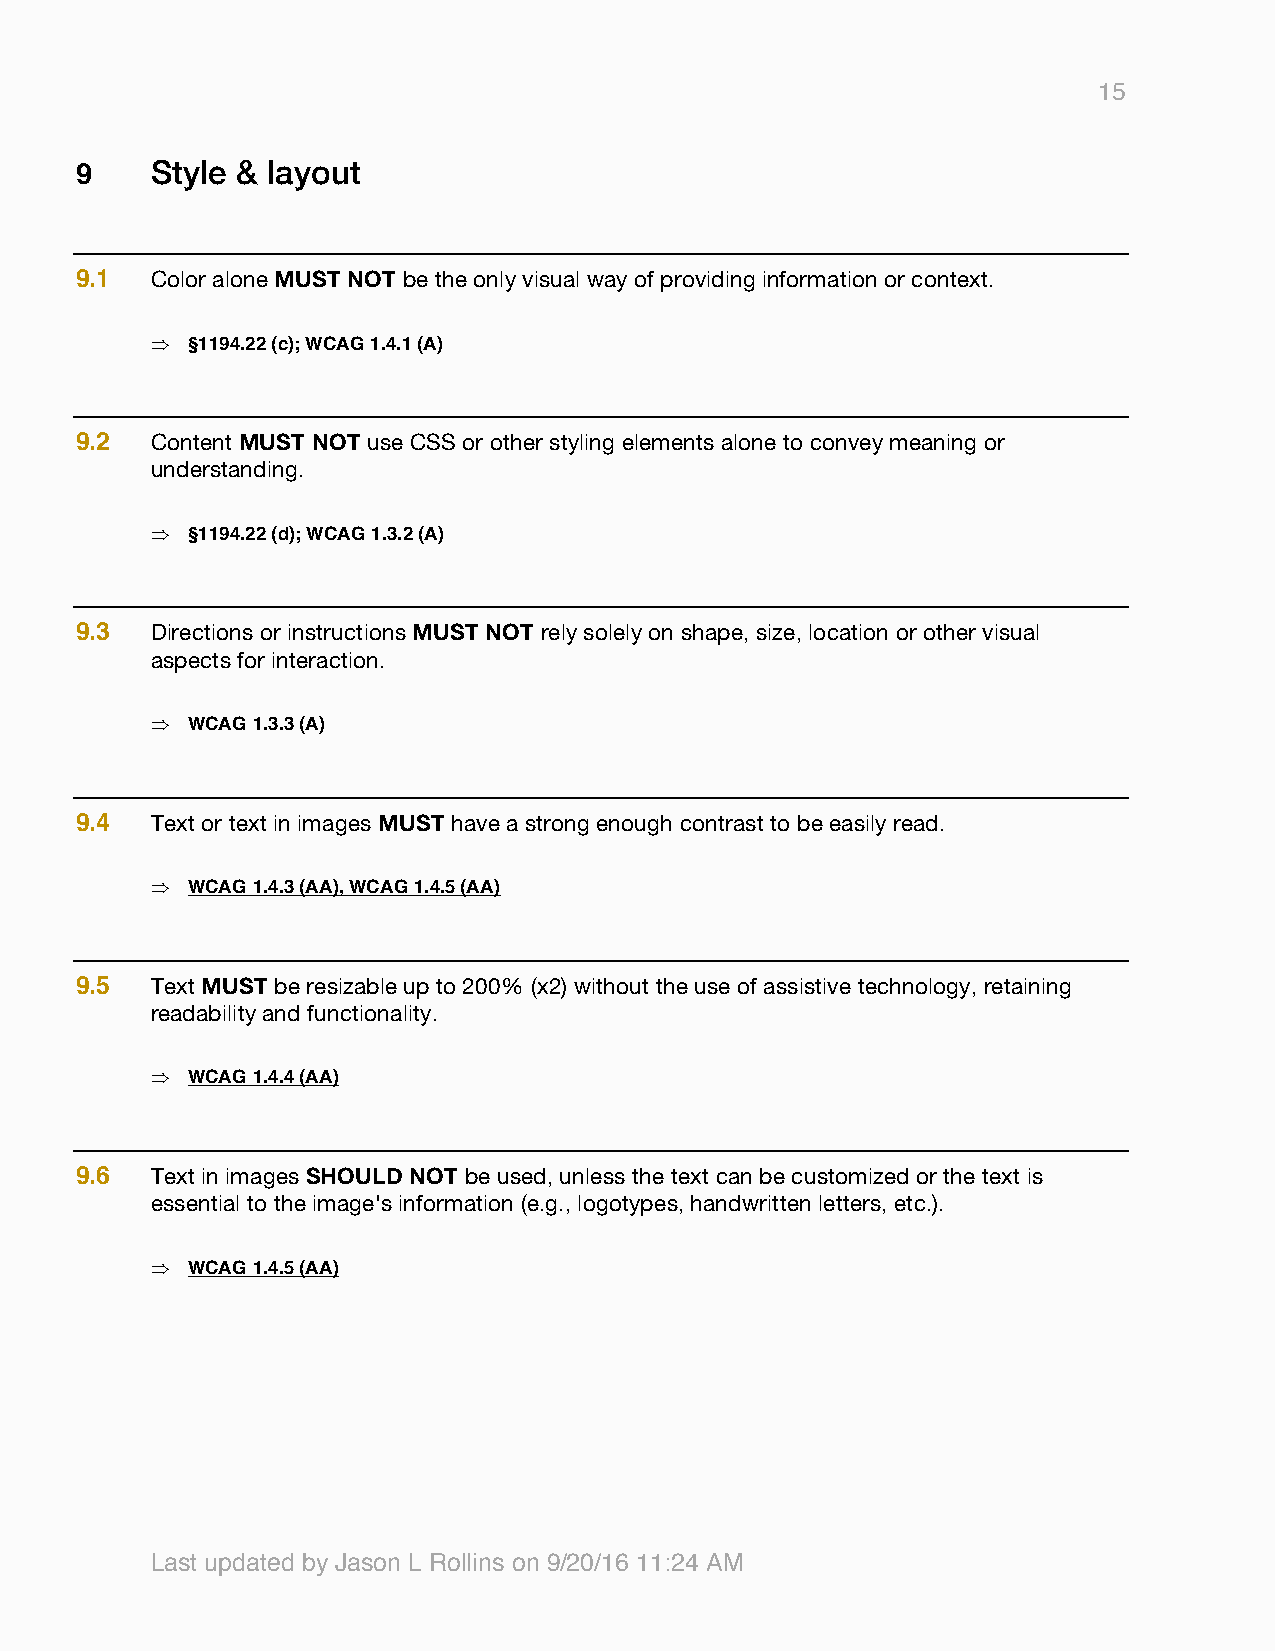
15
 9    Style & layout
 9.1  Color alone MUST NOT be the only visual way of providing information or context.
 Þ §1194.22 (c); WCAG 1.4.1 (A)
 9.2  Content MUST NOT use CSS or other styling elements alone to convey meaning or
 understanding.
 Þ §1194.22 (d); WCAG 1.3.2 (A)
 9.3  Directions or instructions MUST NOT rely solely on shape, size, location or other visual
 aspects for interaction.
 Þ WCAG 1.3.3 (A)
 9.4  Text or text in images MUST have a strong enough contrast to be easily read.
 Þ WCAG 1.4.3 (AA), WCAG 1.4.5 (AA)
 9.5  Text MUST be resizable up to 200% (x2) without the use of assistive technology, retaining
 readability and functionality.
 Þ WCAG 1.4.4 (AA)
 9.6  Text in images SHOULD NOT be used, unless the text can be customized or the text is
 essential to the image's information (e.g., logotypes, handwritten letters, etc.).
 Þ WCAG 1.4.5 (AA)
 Last updated by Jason L Rollins on 9/20/16 11:24 AM